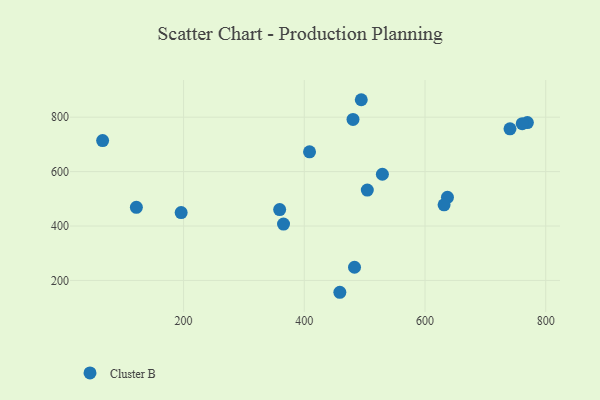
{"axis": {"x": "Experience", "y": "Rating"}, "legend": ["Cluster B"], "data": [{"x": "480.7", "y": 791.6, "type": "Cluster B"}, {"x": "769.6", "y": 780.3, "type": "Cluster B"}, {"x": "365.6", "y": 407.0, "type": "Cluster B"}, {"x": "637.2", "y": 505.3, "type": "Cluster B"}, {"x": "494.4", "y": 864.1, "type": "Cluster B"}, {"x": "408.7", "y": 672.7, "type": "Cluster B"}, {"x": "359.2", "y": 460.3, "type": "Cluster B"}, {"x": "631.6", "y": 477.7, "type": "Cluster B"}, {"x": "740.8", "y": 757.2, "type": "Cluster B"}, {"x": "483.2", "y": 248.4, "type": "Cluster B"}, {"x": "504.4", "y": 532.2, "type": "Cluster B"}, {"x": "529.4", "y": 590.2, "type": "Cluster B"}, {"x": "458.9", "y": 156.5, "type": "Cluster B"}, {"x": "196.0", "y": 449.4, "type": "Cluster B"}, {"x": "65.9", "y": 713.8, "type": "Cluster B"}, {"x": "121.8", "y": 468.8, "type": "Cluster B"}, {"x": "761.1", "y": 776.2, "type": "Cluster B"}]}